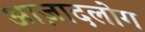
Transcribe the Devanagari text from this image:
आज़ादलोग